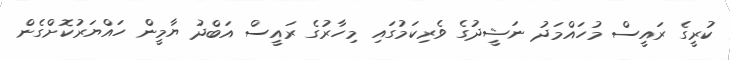
ކުރީގެ ރައީސް މުހައްމަދު ނަޝީދުގެ ވެރިކަމުގައި މިހާރުގެ ރައީސް އަބްދު ޔާމީން ހައްޔަރުކޮށްގެން